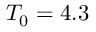
T _ { 0 } = 4 . 3